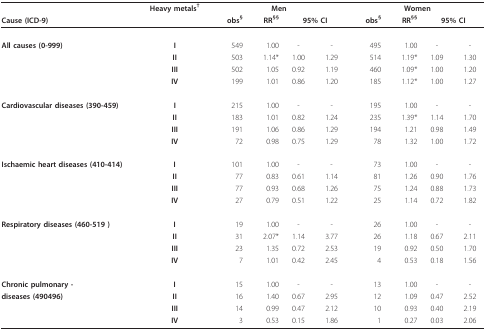
<table><thead><tr><td></td><td><b>Heavy metals<sup>†</sup></b></td><td colspan="4"><b>Men</b></td><td colspan="4"><b>Women</b></td></tr><tr><td><b>Cause (ICD-9)</b></td><td></td><td><b>obs<sup>§</sup></b></td><td><b>RR<sup>§§</sup></b></td><td colspan="2"><b>95% CI</b></td><td><b>obs<sup>§</sup></b></td><td><b>RR<sup>§§</sup></b></td><td colspan="2"><b>95% CI</b></td></tr></thead><tbody><tr><td><b>All causes (0-999)</b></td><td><b>I</b></td><td>549</td><td>1.00</td><td>-</td><td>-</td><td>495</td><td>1.00</td><td>-</td><td>-</td></tr><tr><td></td><td><b>II</b></td><td>503</td><td>1.14*</td><td>1.00</td><td>1.29</td><td>514</td><td>1.19*</td><td>1.09</td><td>1.30</td></tr><tr><td></td><td><b>III</b></td><td>502</td><td>1.05</td><td>0.92</td><td>1.19</td><td>460</td><td>1.09*</td><td>1.00</td><td>1.20</td></tr><tr><td></td><td><b>IV</b></td><td>199</td><td>1.01</td><td>0.86</td><td>1.20</td><td>185</td><td>1.12*</td><td>1.00</td><td>1.27</td></tr><tr><td><b>Cardiovascular diseases (390-459)</b></td><td><b>I</b></td><td>215</td><td>1.00</td><td>-</td><td>-</td><td>195</td><td>1.00</td><td>-</td><td>-</td></tr><tr><td></td><td><b>II</b></td><td>183</td><td>1.01</td><td>0.82</td><td>1.24</td><td>235</td><td>1.39*</td><td>1.14</td><td>1.70</td></tr><tr><td></td><td><b>III</b></td><td>191</td><td>1.06</td><td>0.86</td><td>1.29</td><td>194</td><td>1.21</td><td>0.98</td><td>1.49</td></tr><tr><td></td><td><b>IV</b></td><td>72</td><td>0.98</td><td>0.75</td><td>1.29</td><td>78</td><td>1.32</td><td>1.00</td><td>1.72</td></tr><tr><td><b>Ischaemic heart diseases (410-414)</b></td><td><b>I</b></td><td>101</td><td>1.00</td><td>-</td><td>-</td><td>73</td><td>1.00</td><td>-</td><td>-</td></tr><tr><td></td><td><b>II</b></td><td>77</td><td>0.83</td><td>0.61</td><td>1.14</td><td>81</td><td>1.26</td><td>0.90</td><td>1.76</td></tr><tr><td></td><td><b>III</b></td><td>77</td><td>0.93</td><td>0.68</td><td>1.26</td><td>75</td><td>1.24</td><td>0.88</td><td>1.73</td></tr><tr><td></td><td><b>IV</b></td><td>27</td><td>0.79</td><td>0.51</td><td>1.22</td><td>25</td><td>1.14</td><td>0.72</td><td>1.82</td></tr><tr><td><b>Respiratory diseases (460-519 )</b></td><td><b>I</b></td><td>19</td><td>1.00</td><td>-</td><td>-</td><td>26</td><td>1.00</td><td>-</td><td>-</td></tr><tr><td></td><td><b>II</b></td><td>31</td><td>2.07*</td><td>1.14</td><td>3.77</td><td>26</td><td>1.18</td><td>0.67</td><td>2.11</td></tr><tr><td></td><td><b>III</b></td><td>23</td><td>1.35</td><td>0.72</td><td>2.53</td><td>19</td><td>0.92</td><td>0.50</td><td>1.70</td></tr><tr><td></td><td><b>IV</b></td><td>7</td><td>1.01</td><td>0.42</td><td>2.45</td><td>4</td><td>0.53</td><td>0.18</td><td>1.56</td></tr><tr><td><b>Chronic pulmonary -</b></td><td><b>I</b></td><td>15</td><td>1.00</td><td>-</td><td>-</td><td>13</td><td>1.00</td><td>-</td><td>-</td></tr><tr><td><b>diseases (490496)</b></td><td><b>II</b></td><td>16</td><td>1.40</td><td>0.67</td><td>2.95</td><td>12</td><td>1.09</td><td>0.47</td><td>2.52</td></tr><tr><td></td><td><b>III</b></td><td>14</td><td>0.99</td><td>0.47</td><td>2.12</td><td>10</td><td>0.93</td><td>0.40</td><td>2.19</td></tr><tr><td></td><td><b>IV</b></td><td>3</td><td>0.53</td><td>0.15</td><td>1.86</td><td>1</td><td>0.27</td><td>0.03</td><td>2.06</td></tr></tbody></table>